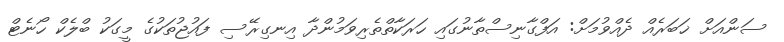
ސަންއަށް ޚަބަރެއް ދެއްވުމަށް: އަފްގާނިސްތާނުގައި ހަރަކާތްތެރިވަމުންދާ އިނގިރޭސި ފައުޖުތަކުގެ މީގަކު ބްލެކް ހޯނެޓް